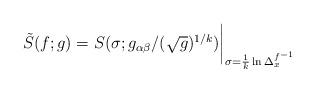
LaTeX: \begin{align*}\tilde S(f; g) = S(\sigma ; g_{\alpha\beta} / (\sqrt{g})^{1/k})\bigg\vert_{\sigma = \frac{1}{k} \ln\Delta^{f^{-1}}_{x}}\end{align*}